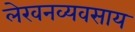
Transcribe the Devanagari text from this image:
लेखनव्यवसाय